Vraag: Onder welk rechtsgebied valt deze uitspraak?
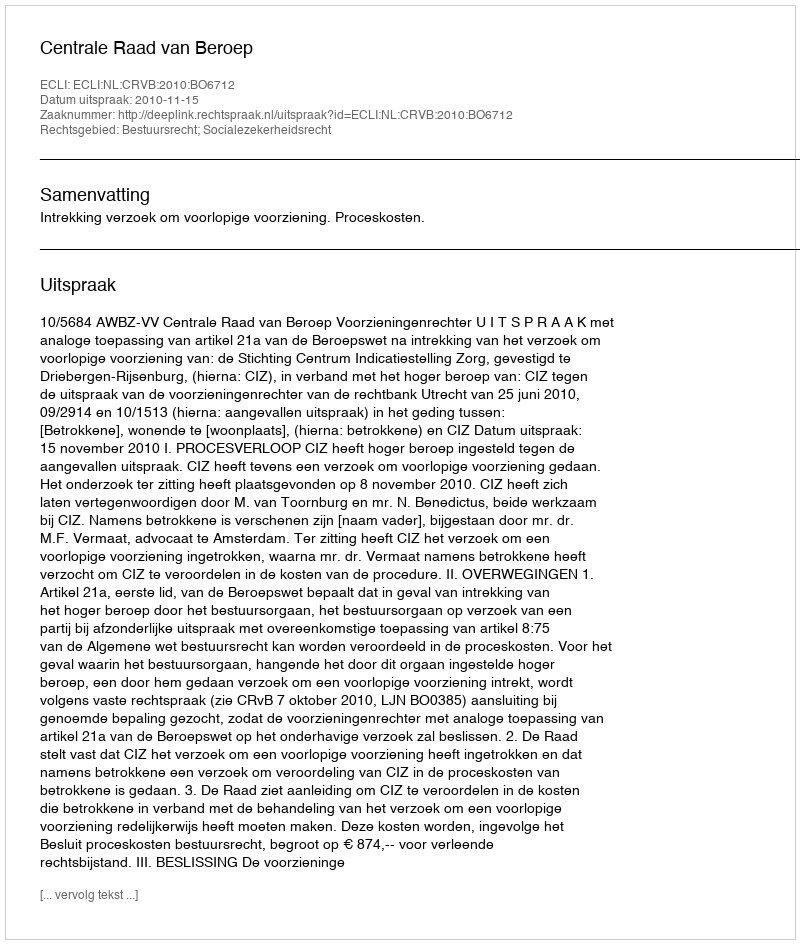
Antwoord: Bestuursrecht; Socialezekerheidsrecht